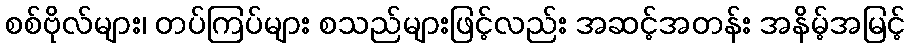
စစ်ဗိုလ်များ၊ တပ်ကြပ်များ စသည်များဖြင့်လည်း အဆင့်အတန်း အနိမ့်အမြင့်